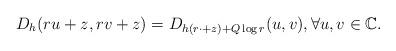
LaTeX: \begin{align*}D_h(ru +z, rv +z) = D_{h(r\cdot + z) + Q\log r}(u, v), \forall u, v \in \mathbb C.\end{align*}